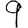
Digit: 9